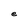
Character: e